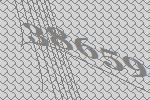
38659